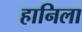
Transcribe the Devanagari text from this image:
हानिला